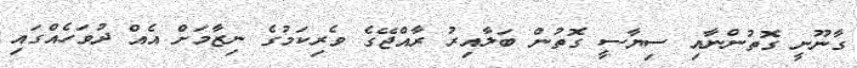
ގާނޫނީ ގޮތުންނާއި ސިޔާސީ ގޮތުން ބަލާއިރު ރާއްޖޭގެ ވެރިކަމުގެ ނިޒާމަށް އެއް ދުވަހެއްގައި